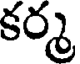
కర్మ